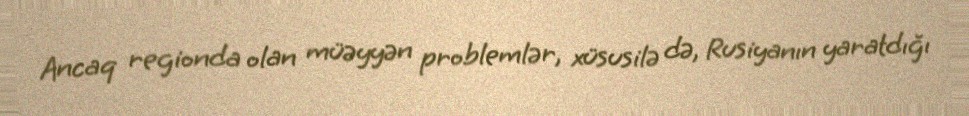
Ancaq regionda olan müəyyən problemlər, xüsusilə də, Rusiyanın yaratdığı